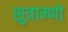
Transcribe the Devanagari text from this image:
सुत्राम्णो